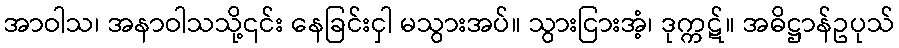
အာဝါသ၊ အနာဝါသသို့၎င်း နေခြင်းငှါ မသွားအပ်။ သွားငြားအံ့၊ ဒုက္ကဋ်။ အဓိဋ္ဌာန်ဥပုသ်